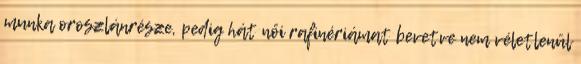
munka oroszlánrésze, pedig hát női rafinériámat bevetve nem véletlenül